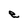
Character: e